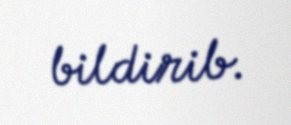
bildirib.